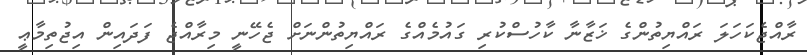
ރާއްޖެކަހަލަ ރައްޔިތުންގެ ޚަޒާނާ ކާހުސްކުރި ގައުމެއްގެ ރައްޔިތުންނަށް ޖެހޭނީ މިރާއްޖެ ފަދައިން އިޖުތިމާޢީ